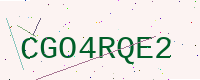
Text: CGO4RQE2